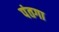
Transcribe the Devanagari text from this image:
पंतगा